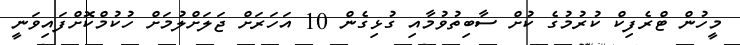
މީހުން ޓްރެފިކް ކުރުމުގެ ކުށް ސާބިތުވުމާއި ގުޅިގެން 10 އަހަރަށް ޖަލަށްލުމަށް ހުކުމްކޮށްފައިވަނީ